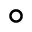
\circ